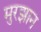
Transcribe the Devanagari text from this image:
मुरझान